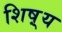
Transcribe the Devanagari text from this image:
शिष़्य